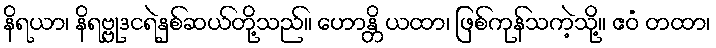
နိရယာ၊ နိရဗ္ဗုဒငရဲနှစ်ဆယ်တို့သည်။ ဟောန္တိ ယထာ၊ ဖြစ်ကုန်သကဲ့သို့။ ဧဝံ တထာ၊